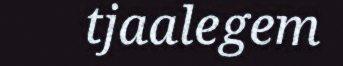
tjaalegem